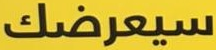
سيعرضك